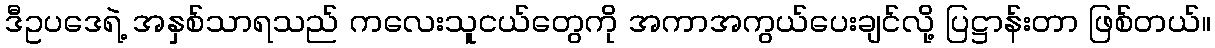
ဒီဥပဒေရဲ့ အနှစ်သာရသည် ကလေးသူငယ်တွေကို အကာအကွယ်ပေးချင်လို့ ပြဋ္ဌာန်းတာ ဖြစ်တယ်။